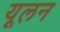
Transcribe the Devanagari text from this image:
यूलन